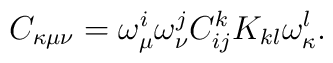
C_{\kappa\mu\nu}=\omega_{\mu}^i\omega_{\nu}^jC^k_{ij}K_{kl}\omega_{\kappa}^l.